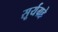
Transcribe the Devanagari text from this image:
सूर्यग्रहे